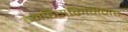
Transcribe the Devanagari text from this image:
इनडिसक्रिमिनेट